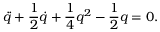
\ddot { q } + \frac { 1 } { 2 } \dot { q } + \frac { 1 } { 4 } q ^ { 2 } - \frac { 1 } { 2 } q = 0 .